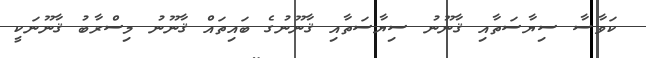
ކަވާސާ ސިޔާސަތާއި ޤާނޫނު ސިޔާސަތާއި ޤާނޫނުގެ ބައިތައް ޤާނޫނު މިސްރާބު ޤާނޫނަކީ